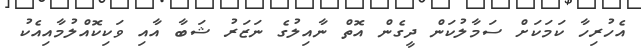
އެހުރިހާ ކަމަކަށް ސަމާލުކަން ދީގެން އޮތް ނާއިލުގެ ނަޒަރު ޝަބާ އާއި ވަކިކޮއްލުމާއިއެކު